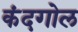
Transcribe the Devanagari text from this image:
कंदगोल